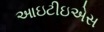
આઇટીઇએસ